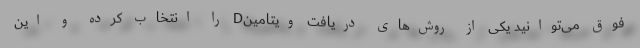
فوق می‌توانید یکی از روش‌های دریافت ویتامینD را انتخاب کرده و این